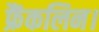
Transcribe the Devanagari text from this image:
फ्रैंकलिन।